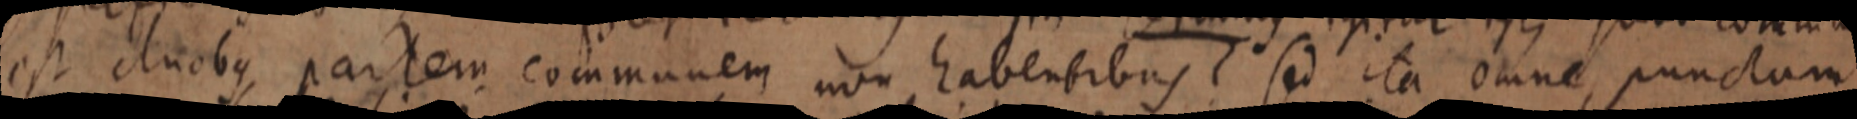
est duobus partem communem non habenbibus? sed ita omne punctum